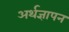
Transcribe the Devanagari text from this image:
अर्थज्ञापन